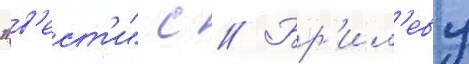
"в'ест'и" с // Бр'ил'еву